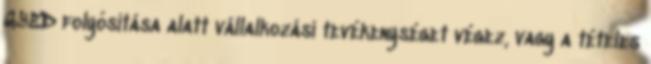
GYED folyósítása alatt vállalkozási tevékenységet végez, vagy a tételes